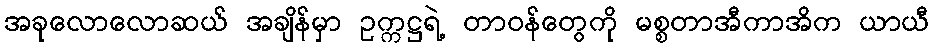
အခုလောလောဆယ် အချိန်မှာ ဥက္ကဋ္ဌရဲ့ တာဝန်တွေကို မစ္စတာအီကာအိက ယာယီ